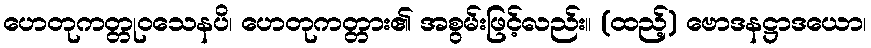
ဟေတုကတ္တုဝသေနပိ၊ ဟေတုကတ္တား၏ အစွမ်းဖြင့်လည်း။ (ထည့်) ဗောဒနဋ္ဌာဒယော၊